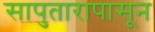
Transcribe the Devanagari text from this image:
सापुतारापासून